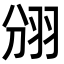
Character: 𮊺